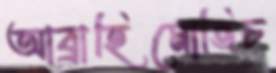
আব্রাহিমোভিচ